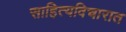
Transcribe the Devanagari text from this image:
साहित्यविचारात